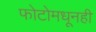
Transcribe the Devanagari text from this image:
फोटोमधूनही